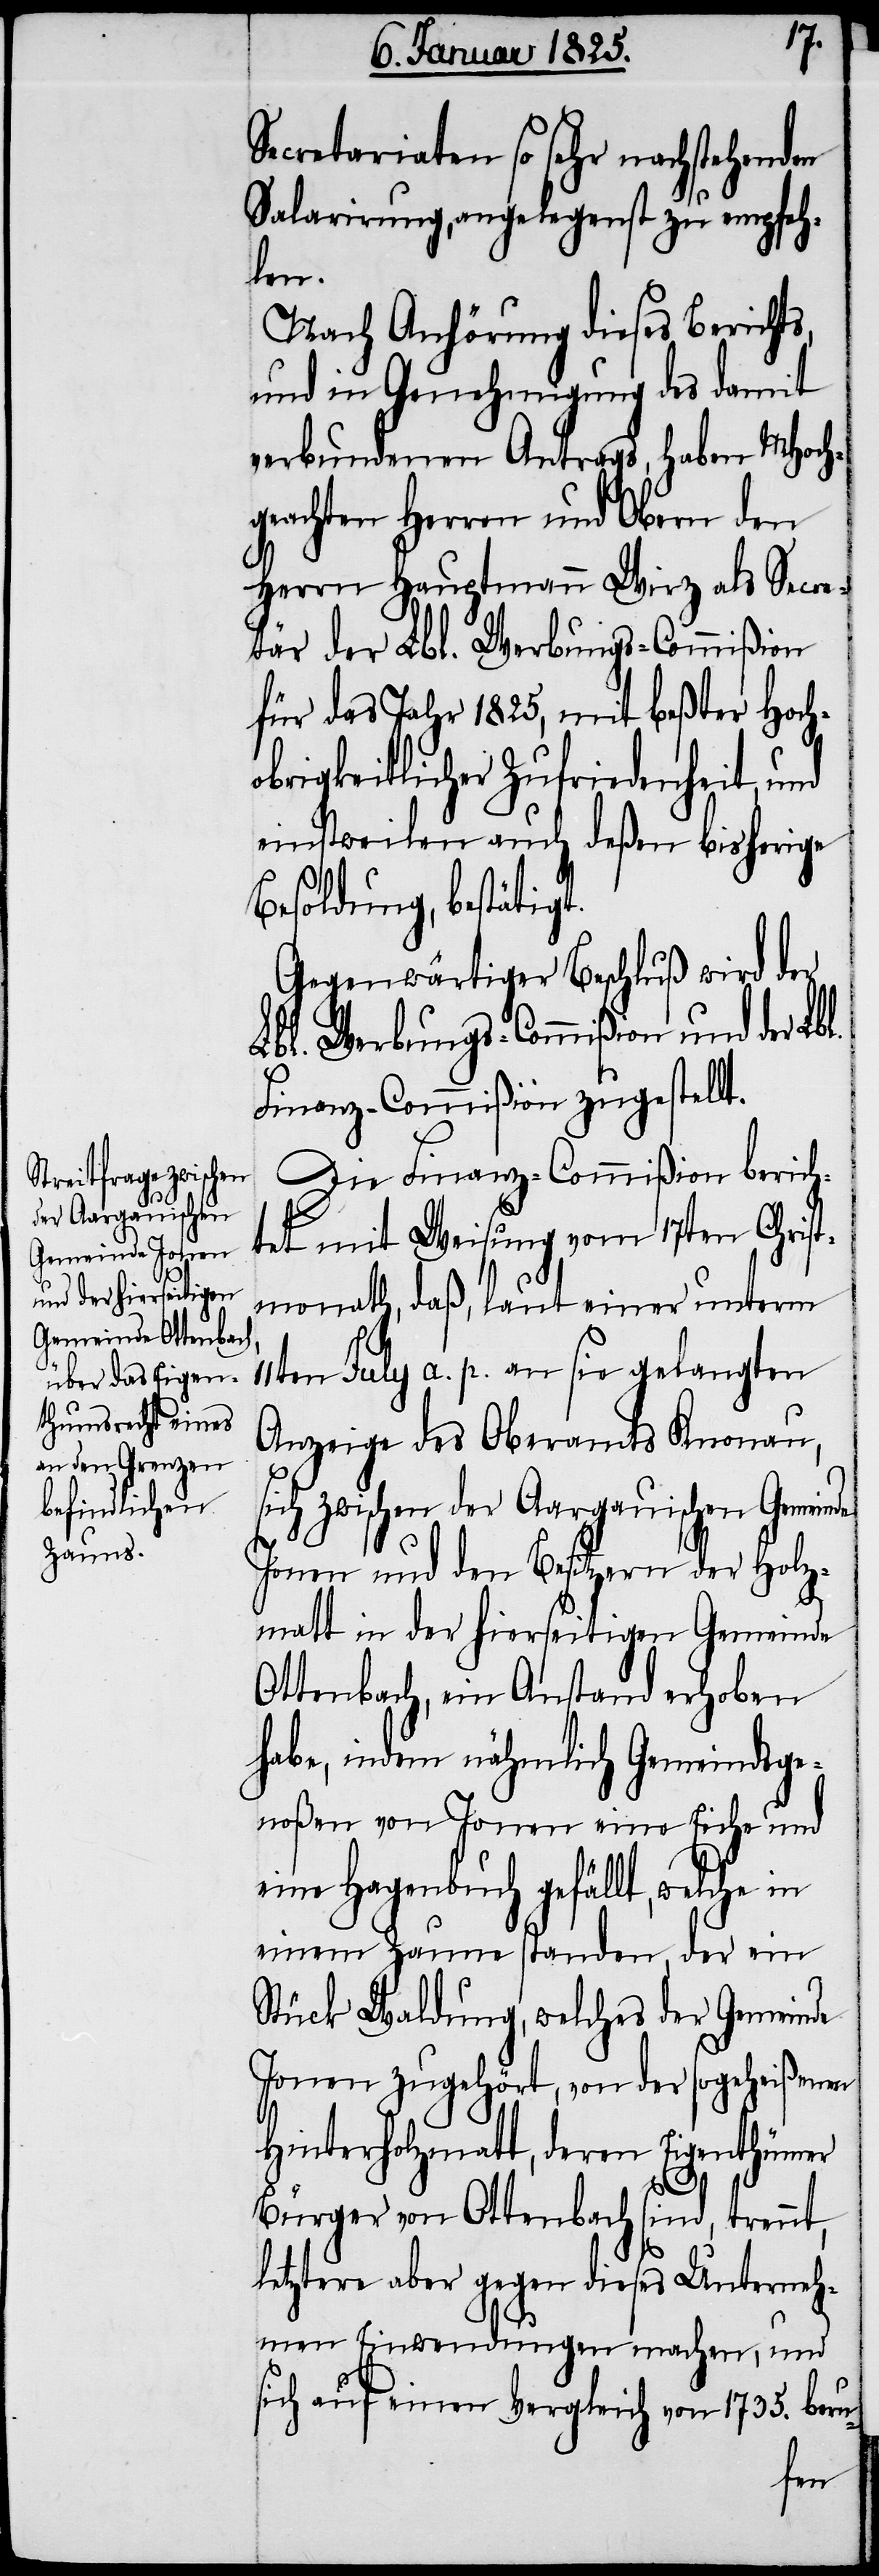
Secretariaten so sehr nachstehenden
Salarirung, angelegenst zu empfeh¬
len.
Nach Anhörung dieses Berichts,
und in Genehmigung des damit
verbundenen Antrags, haben MHoch¬
geachten Herren und Obern den
Herrn Hauptmann Wirz als Secre¬
tär der Lbl. Werbungs-Commißion
für das Jahr 1825, mit beßter Hoch¬
obrigkeitlicher Zufriedenheit, und
einstweilen auch deßen bisherige
Besoldung, bestätigt.
Gegenwärtiger Beschluß wird der
Lbl. Werbungs-Commißion und der Lbl.
Finanz-Commißion zugestellt.
Die Finanz-Commißion berich¬
tet mit Weisung vom 17ten Christ¬
monath, daß, laut einer unterm
11ten July a. p. an sie gelangten
Anzeige des Oberamts Knonau,
sich zwischen der Aargauischen Gemeinde
Jonen und den Besitzern der Holz¬
matt in der hierseitigen Gemeinde
Ottenbach, ein Anstand erhoben
habe, indem nähmlich Gemeindsge¬
noßen von Jonen eine Eiche und
eine Hagenbuch gefällt, welche in
einem Zaune standen, der ein
Stück Waldung, welches der Gemeinde
Jonen zugehört, von der sogeheißenen
Hinterholzmatt, deren Eigenthümer
Burger von Ottenbach sind, trennt,
letztere aber gegen dieses Unterneh¬
men Einwendungen machen, und
sich auf einen Vergleich von 1735. beru-